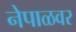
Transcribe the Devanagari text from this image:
नेपाळवर